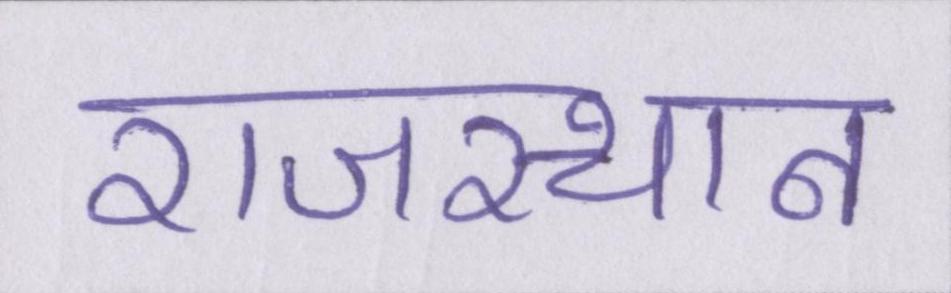
राजस्थान